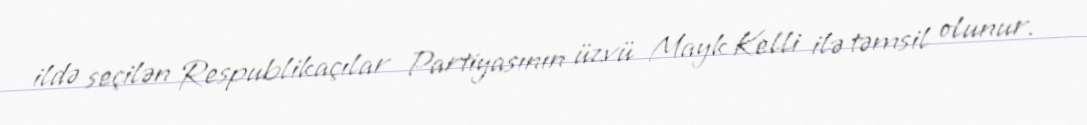
ildə seçilən Respublikaçılar Partiyasının üzvü Mayk Kelli ilə təmsil olunur.